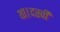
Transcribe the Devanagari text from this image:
था।दस्वीं